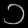
Digit: ၁